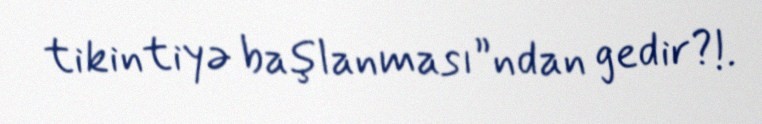
tikintiyə başlanması”ndan gedir?!.